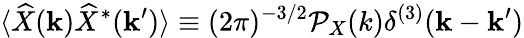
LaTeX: \langle\widehat X({\mathbf k})\widehat X^{*}({\mathbf k^{\prime}})\rangle\equiv(2\pi)^{-3/2}{\cal P}_{X}(k)\delta^{(3)}({\mathbf k}-{\mathbf k}^{\prime})